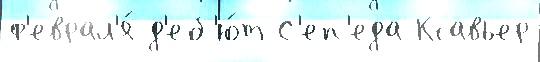
ф'еврал'я́ д'еб'ю́т С'еп'еда Ксавьер